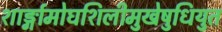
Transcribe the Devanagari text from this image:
शार्ङ्गामोघशिलीमुखेषुधियुत